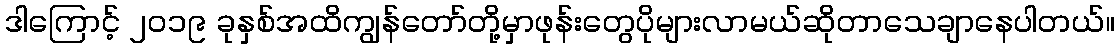
ဒါကြောင့် ၂၀၁၉ ခုနှစ်အထိကျွန်တော်တို့မှာဖုန်းတွေပိုများလာမယ်ဆိုတာသေချာနေပါတယ်။